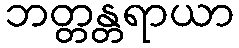
ဘတ္တန္တရာယာ